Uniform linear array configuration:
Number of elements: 32
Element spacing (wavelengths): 0.75
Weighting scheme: cosine
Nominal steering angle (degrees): -45
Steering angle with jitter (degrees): -44.293
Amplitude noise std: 0.05
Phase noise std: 0.05

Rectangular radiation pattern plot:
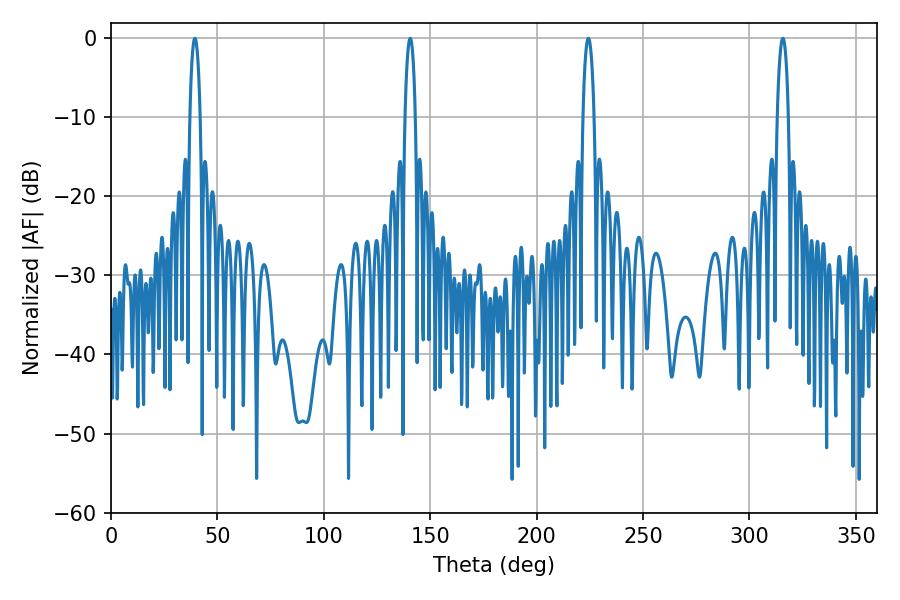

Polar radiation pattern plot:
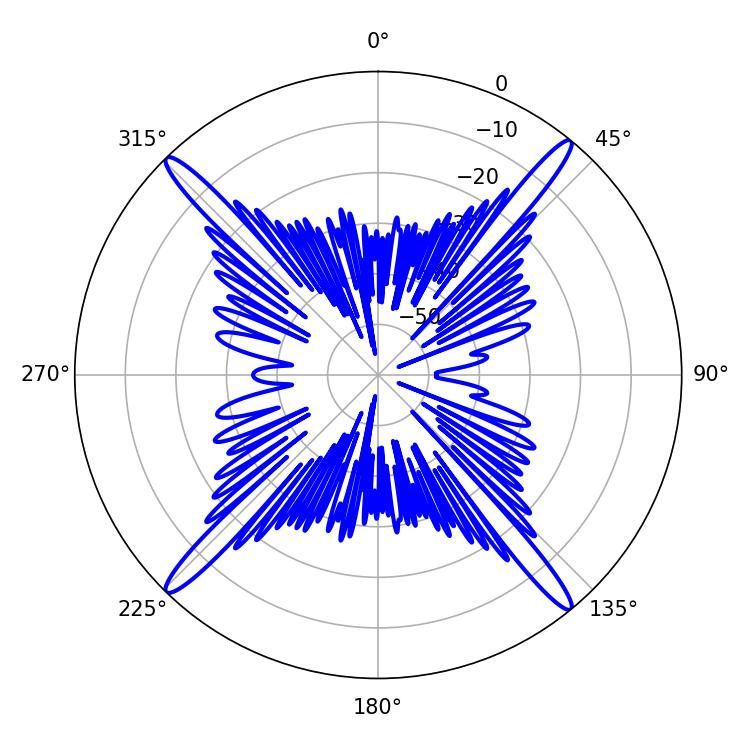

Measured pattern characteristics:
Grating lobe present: TRUE
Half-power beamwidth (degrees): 2.7
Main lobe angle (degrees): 39.42